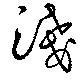
浅